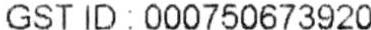
GST ID : 000750673920